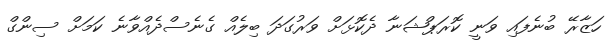
ހަޒާރޭ ބުނެފައި ވަނީ ކޮރަޕްޝަނާ ދެކޮޅަށް ވަރުގަދަ ބިލެއް ގެނެސްދެއްވާނެ ކަމަށް ސިންގް